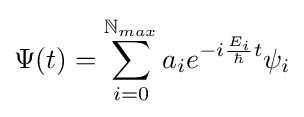
\Psi (t)=\sum _{i=0}^{\mathbb {N} _{max}}a_{i}e^{-i{{E_{i}} \over \hbar }t}\psi _{i}